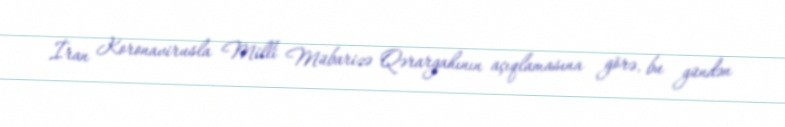
İran Koronavirusla Milli Mübarizə Qərargahının açıqlamasına görə, bu gündən